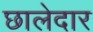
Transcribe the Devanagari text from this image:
छालेदार